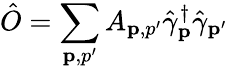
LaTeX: \hat{O}=\sum_{\mathbf p,p^{\prime}}A_{\mathbf p,p^{\prime}}\hat{\gamma}_{\mathbf p}^{\dagger}\hat{\gamma}_{\mathbf p^{\prime}}